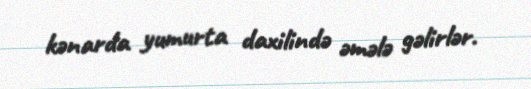
kənarda yumurta daxilində əmələ gəlirlər.